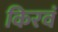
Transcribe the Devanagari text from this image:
किरवं